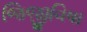
જિજીવિષા